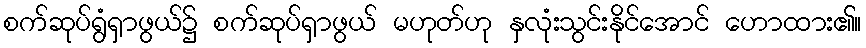
စက်ဆုပ်ရွံရှာဖွယ်၌ စက်ဆုပ်ရှာဖွယ် မဟုတ်ဟု နှလုံးသွင်းနိုင်အောင် ဟောထား၏။